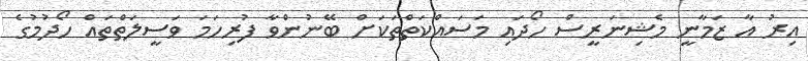
އިރު އާ ޒަމާނީ މެޝިނަރީސް ހޯދައި މަސައްކަތްތަކަށް ބޭނުންވާ ފުރިހަމަ ވަސީލަތްތައް ހޯދުމުގެ